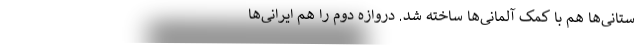
ستانی‌ها هم با کمک آلمانی‌ها ساخته شد. دروازه دوم را هم ایرانی‌ها